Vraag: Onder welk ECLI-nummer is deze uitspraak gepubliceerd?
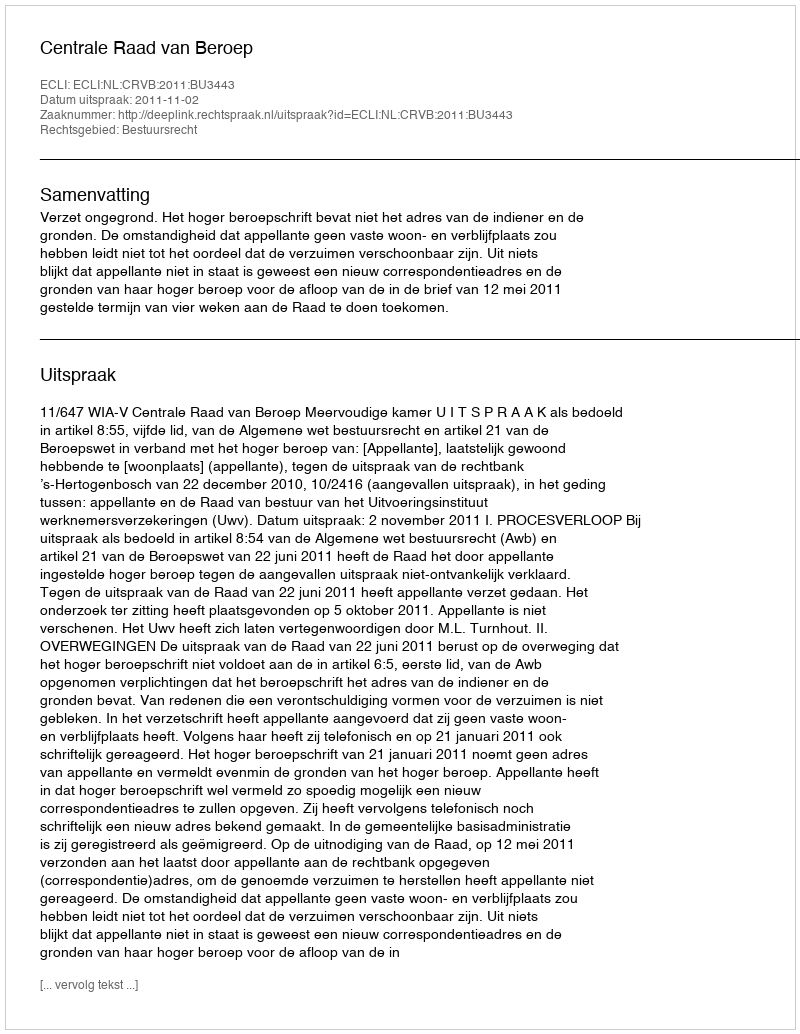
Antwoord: ECLI:NL:CRVB:2011:BU3443